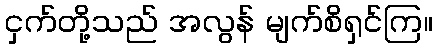
ငှက်တို့သည် အလွန် မျက်စိရှင်ကြ။